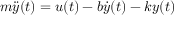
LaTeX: m { \ddot { y } } ( t ) = u ( t ) - b { \dot { y } } ( t ) - k y ( t )